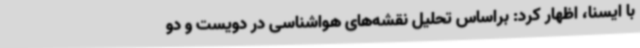
با ایسنا، اظهار کرد: براساس تحلیل نقشه‌های هواشناسی در دویست و دو